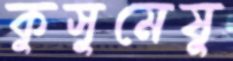
কুসুমেষু